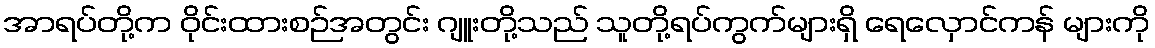
အာရပ်တို့က ဝိုင်းထားစဉ်အတွင်း ဂျူးတို့သည် သူတို့ရပ်ကွက်များရှိ ရေလှောင်ကန် များကို